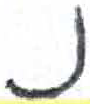
אות: נ